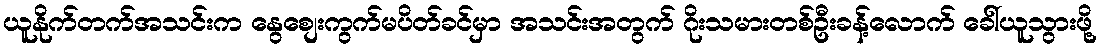
ယူနိုက်တက်အသင်းက နွေစျေးကွက်မပိတ်ခင်မှာ အသင်းအတွက် ဂိုးသမားတစ်ဦးခန့်လောက် ခေါ်ယူသွားဖို့